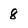
Character: 8